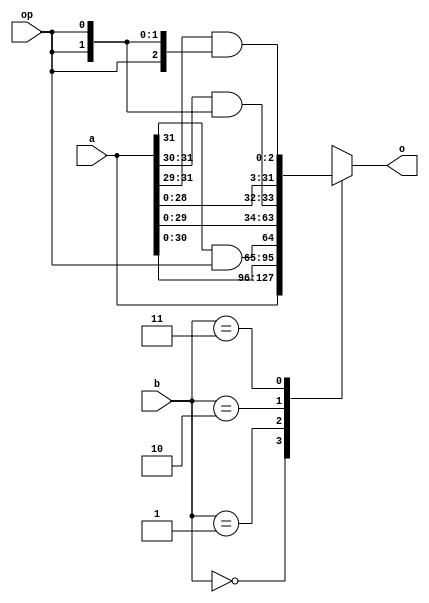
//=============================================================================
//	(C) 2006-2011  Robert Finch
//	All rights reserved.
//	robfinch@opencores.org
//
//	rolx1.v
//		Rotate or shift to the left by zero, one, two or
//	three bits.
//
//
//
// This source file is free software: you can redistribute it and/or modify 
// it under the terms of the GNU Lesser General Public License as published 
// by the Free Software Foundation, either version 3 of the License, or     
// (at your option) any later version.                                      
//                                                                          
// This source file is distributed in the hope that it will be useful,      
// but WITHOUT ANY WARRANTY; without even the implied warranty of           
// MERCHANTABILITY or FITNESS FOR A PARTICULAR PURPOSE.  See the            
// GNU General Public License for more details.                             
//                                                                          
// You should have received a copy of the GNU General Public License        
// along with this program.  If not, see <http://www.gnu.org/licenses/>.    
//                                                                          
//	Funnel rotater / shifter
//	Rotate, arithmetic shift left, or logical shift /
//	arithmetic shift right by 0 to 63 bits.
//	Parameterized with a default width of 32 bits.
//
//
//	Rotate or shift left by 0 to 3 bits.
//	Parameterized with a default width of 32 bits.
//
//	Resource Usage Samples:
//	Ref. SpartanII
//	64 LUTs
//	
//	Webpack 7.1i xc3s1000-4ft256
//	64 LUTs / 32 slices / 11 ns		(32 bits)
//=============================================================================
//
module rolx1
#(parameter WID = 32)
(
input op,					// 0=shift, 1= rotate
input [WID:1] a,
input [1:0] b,
output reg [WID:1] o
);
wire [2:0] opx = {3{op}};
always @(a, b, opx)
begin
	case(b)
	2'd0:	o <= a;
	2'd1:	o <= {a[WID-1:1],a[WID]&opx[0]};
	2'd2:	o <= {a[WID-2:1],a[WID:WID-1]&opx[1:0]};
	2'd3:	o <= {a[WID-3:1],a[WID:WID-2]&opx[2:0]};
	endcase
end

endmodule